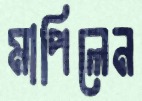
মাপিলেন